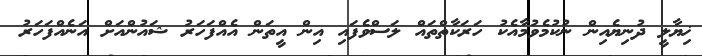
ޚިޔާލީ ދުނިޔެއިން ނުކުމެވުމާއެކު ހަރަކާތްތައް ލަސްވެފައި އިން އީތަން އެއްފަހަރު ޝައުންއަށް އަނެއްފަހަރު